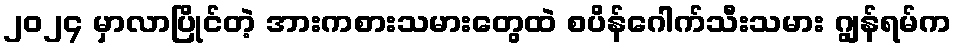
၂၀၂၄ မှာလာပြိုင်တဲ့ အားကစားသမားတွေထဲ စပိန်ဂေါက်သီးသမား ဂျွန်ရမ်က